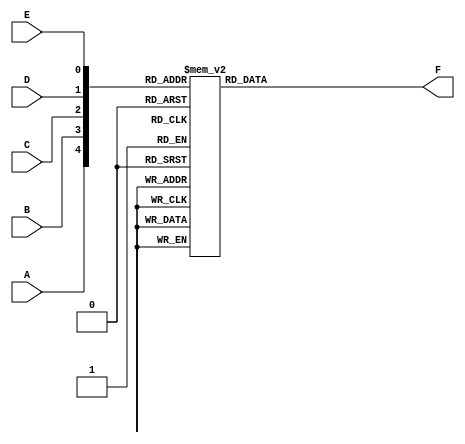
module fun(A,B,C,D,E,F);
  input A,B,C,D,E;
  output reg F;
  always @(A,B,C,D,E) begin
    // setting the value of F to 1 for the min terems 
      case ({A,B,C,D,E})
      0 : F = 1'b1;
      2 : F = 1'b1;  
      3 : F = 1'b1;  
      4 : F = 1'b1;  
      8 : F = 1'b1;  
      21 : F = 1'b1;  
      22 : F = 1'b1;  
      29 : F = 1'b1;  
      31 : F = 1'b1;   
      // setting the value as 0 for others 
      default: F = 0;
  endcase
  end
endmodule